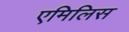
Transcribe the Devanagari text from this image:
एमिलिस